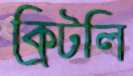
ক্রিটলি